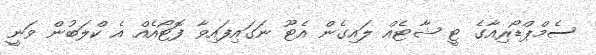
ސެމްޕްޑޯރިއާގެ ޓީ ޝާޓެއް ލައިގެން އެޓޫ ނަގައިފައިވާ ފޮޓޯއެއް އެ ކްލަބުން ވަނީ